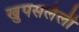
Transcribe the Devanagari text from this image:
खुपसलेली